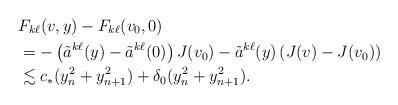
LaTeX: \begin{align*}&F_{k\ell}(v,y)-F_{k\ell}(v_{0},0)\\&=-\left(\tilde{a}^{k\ell}(y)-\tilde{a}^{k\ell}(0)\right)J(v_{0})-\tilde{a}^{k\ell}(y)\left(J(v)-J(v_{0})\right)\\&\lesssim c_\ast(y_n^2+y_{n+1}^2)+ \delta_0 (y_n^2+y_{n+1}^2).\end{align*}